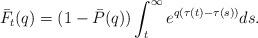
LaTeX: \begin{align*}\bar F_t(q) = (1-\bar P(q))\int_t^\infty e^{q(\tau(t)-\tau(s))}ds.\end{align*}